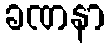
ခဏနာ